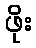
ဖိုး